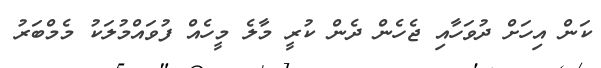
ކަން އިހަށް ދުވަހާއި ޖެހެން ދެން ކުރީ މާލެ މީހެއް ފުވައްމުލަކު މެމްބަރު